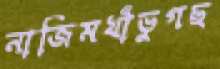
নাজিমখাঁভুগছ